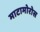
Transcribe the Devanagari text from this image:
माटामोरोस